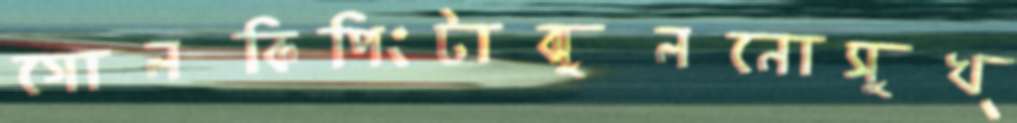
গোলকিপিংটাঝুলনোসুখ্